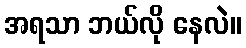
အရသာ ဘယ်လို နေလဲ။